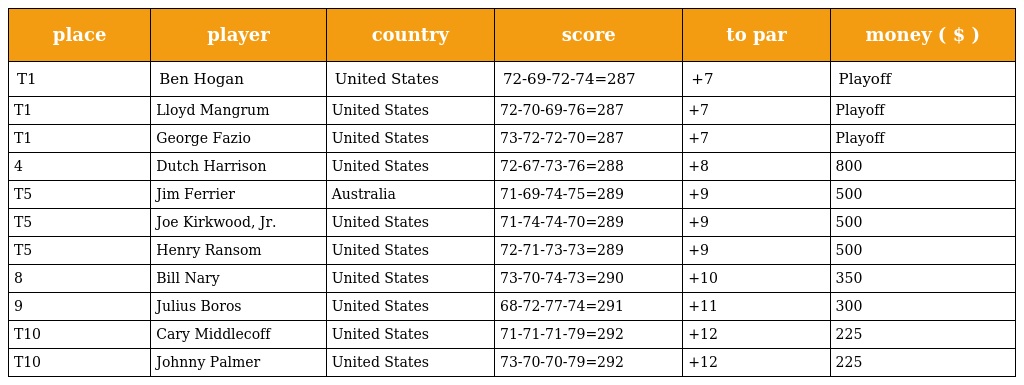
| place | player | country | score | to par | money ( $ ) |
 | --- | --- | --- | --- | --- | --- |
 | T1 | Ben Hogan | United States | 72-69-72-74=287 | +7 | Playoff |
 | T1 | Lloyd Mangrum | United States | 72-70-69-76=287 | +7 | Playoff |
 | T1 | George Fazio | United States | 73-72-72-70=287 | +7 | Playoff |
 | 4 | Dutch Harrison | United States | 72-67-73-76=288 | +8 | 800 |
 | T5 | Jim Ferrier | Australia | 71-69-74-75=289 | +9 | 500 |
 | T5 | Joe Kirkwood, Jr. | United States | 71-74-74-70=289 | +9 | 500 |
 | T5 | Henry Ransom | United States | 72-71-73-73=289 | +9 | 500 |
 | 8 | Bill Nary | United States | 73-70-74-73=290 | +10 | 350 |
 | 9 | Julius Boros | United States | 68-72-77-74=291 | +11 | 300 |
 | T10 | Cary Middlecoff | United States | 71-71-71-79=292 | +12 | 225 |
 | T10 | Johnny Palmer | United States | 73-70-70-79=292 | +12 | 225 |